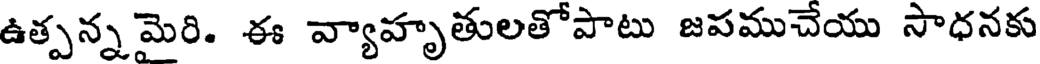
ఉత్పన్న మైరి. ఈ వ్యాహృతులతోపాటు జపముచేయు సాధనకు